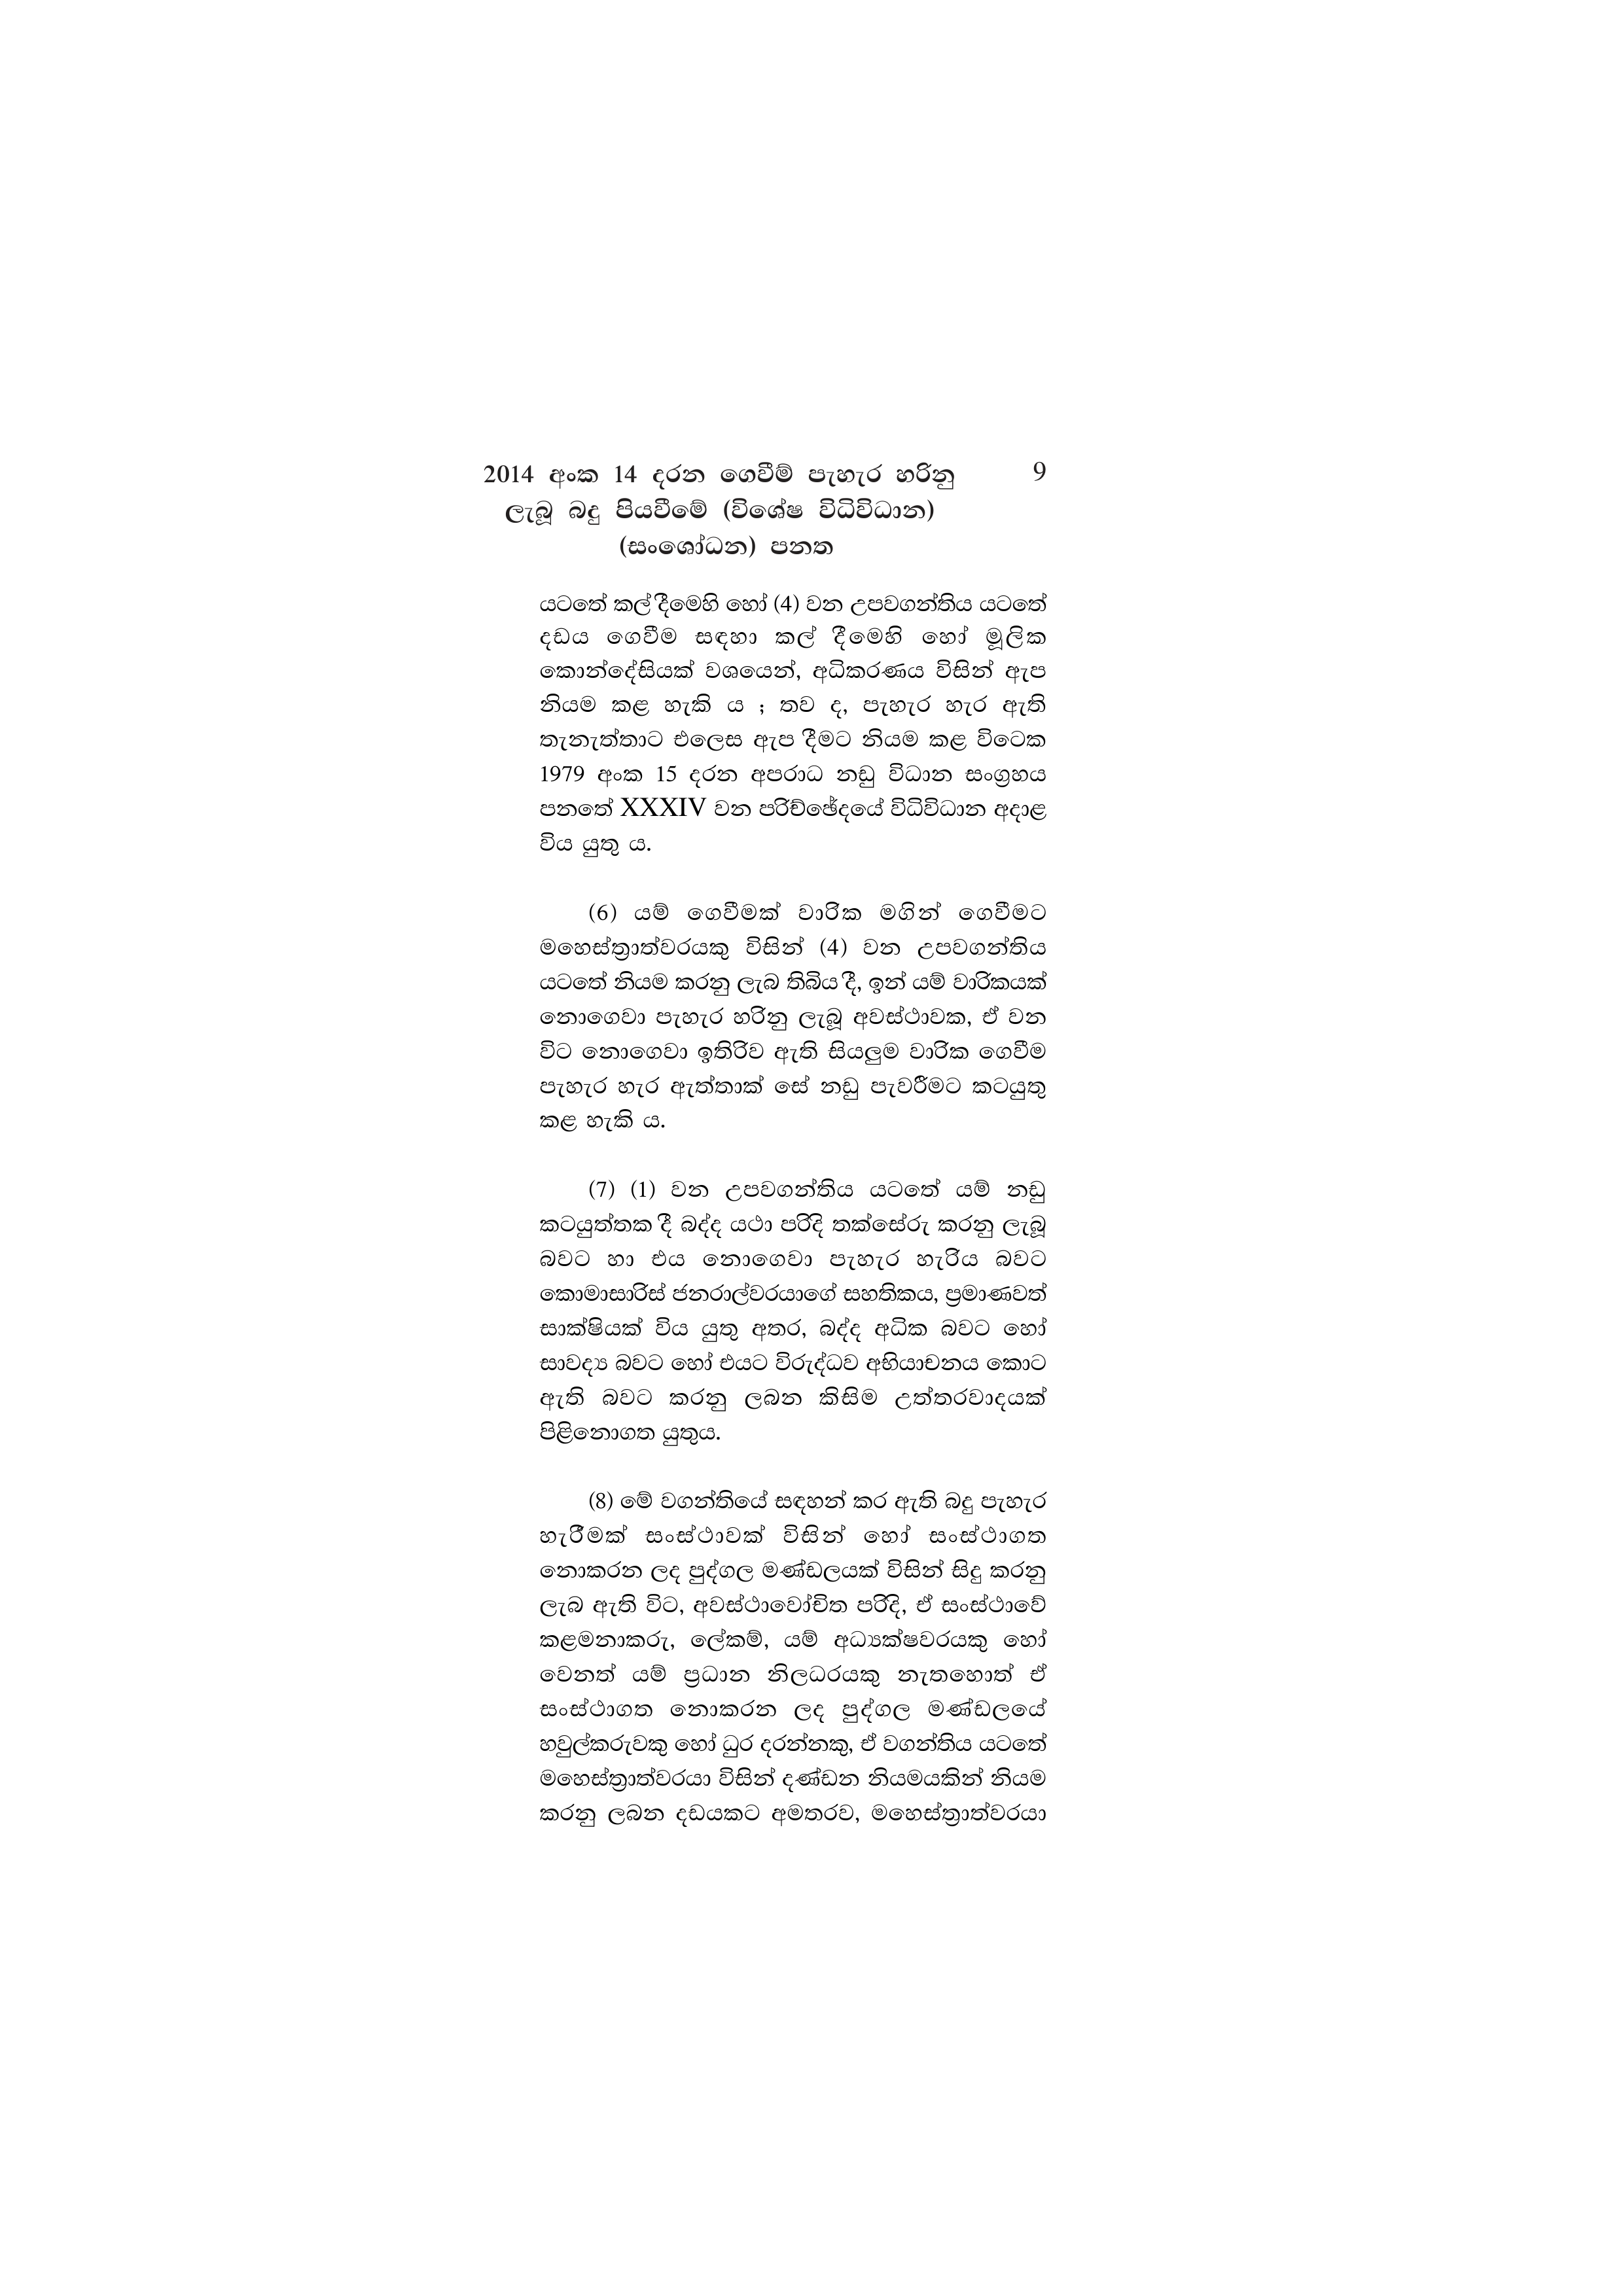
2014 අංක 14 දරන ගෙවීම් පැහැර හරිනු 9
ලැබූ බදු පියවීමේ (විශේෂ විධිවිධාන)
(සංශෝධන) පනත

යටතේ කල් දීමෙහි හෝ (4) වන උපවගන්තිය යටතේ
දඩය ගෙවීම සඳහා කල් දීමෙහි හෝ මූලික
කොන්දේසියක් වශයෙන්, අධිකරණය විසින් ඇප
නියම කළ හැකි ය ; තව ද, පැහැර හැර ඇති
තැනැත්තාට එලෙස ඇප දීමට නියම කළ විටෙක
1979 අංක 15 දරන අපරාධ නඩු විධාන සංග්‍රහය
පනතේ XXXIV වන පරිච්ඡේදයේ විධිවිධාන අදාළ
විය යුතු ය.

(6) යම් ගෙවීමක් වාරික මගින් ගෙවීමට
මහෙස්ත්‍රාත්වරයකු විසින් (4) වන උපවගන්තිය
යටතේ නියම කරනු ලැබ තිබිය දී, ඉන් යම් වාරිකයක්
නොගෙවා පැහැර හරිනු ලැබූ අවස්ථාවක, ඒ වන
විට නොගෙවා ඉතිරිව ඇති සියලුම වාරික ගෙවීම
පැහැර හැර ඇත්තාක් සේ නඩු පැවරීමට කටයුතු
කළ හැකි ය.

(7) (1) වන උපවගන්තිය යටතේ යම් නඩු
කටයුත්තක දී බද්ද යථා පරිදි තක්සේරු කරනු ලැබූ
බවට හා එය නොගෙවා පැහැර හැරිය බවට
කොමාසාරිස් ජනරාල්වරයාගේ සහතිකය, ප්‍රමාණවත්
සාක්ෂියක් විය යුතු අතර, බද්ද අධික බවට හෝ
සාවද්‍ය බවට හෝ එයට විරුද්ධව අභියාචනය කොට
ඇති බවට කරනු ලබන කිසිම උත්තරවාදයක්
පිළිනොගත යුතුය.

(8) මේ වගන්තියේ සඳහන් කර ඇති බදු පැහැර
හැරීමක් සංස්ථාවක් විසින් හෝ සංස්ථාගත
නොකරන ලද පුද්ගල මණ්ඩලයක් විසින් සිදු කරනු
ලැබ ඇති විට, අවස්ථාවෝචිත පරිදි, ඒ සංස්ථාවේ
කළමනාකරු, ලේකම්, යම් අධ්‍යක්ෂවරයකු හෝ
වෙනත් යම් ප්‍රධාන නිලධරයකු නැතහොත් ඒ
සංස්ථාගත නොකරන ලද පුද්ගල මණ්ඩලයේ
හවුල්කරුවකු හෝ ධුර දරන්නකු, ඒ වගන්තිය යටතේ
මහෙස්ත්‍රාත්වරයා විසින් දණ්ඩන නියමයකින් නියම
කරනු ලබන දඩයකට අමතරව, මහෙස්ත්‍රාත්වරයා